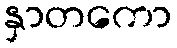
နှာတကော